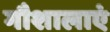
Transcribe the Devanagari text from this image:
गौशालाएं